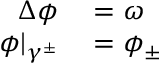
\begin{array} { r l } { \Delta \phi } & { { } = \omega } \\ { \phi \vert _ { \gamma ^ { \pm } } } & { { } = \phi _ { \pm } } \end{array}